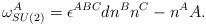
LaTeX: \begin{align*}\omega _{SU(2)}^A=\epsilon ^{ABC}dn^Bn^C-n^AA.\end{align*}